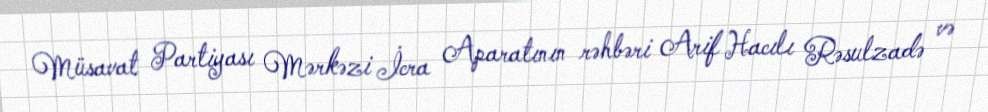
Müsavat Partiyası Mərkəzi İcra Aparatının rəhbəri Arif Hacılı Rəsulzadə və